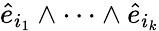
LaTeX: \hat{e}_{i_{1}}\wedge\dots\wedge\hat{e}_{i_{k}}